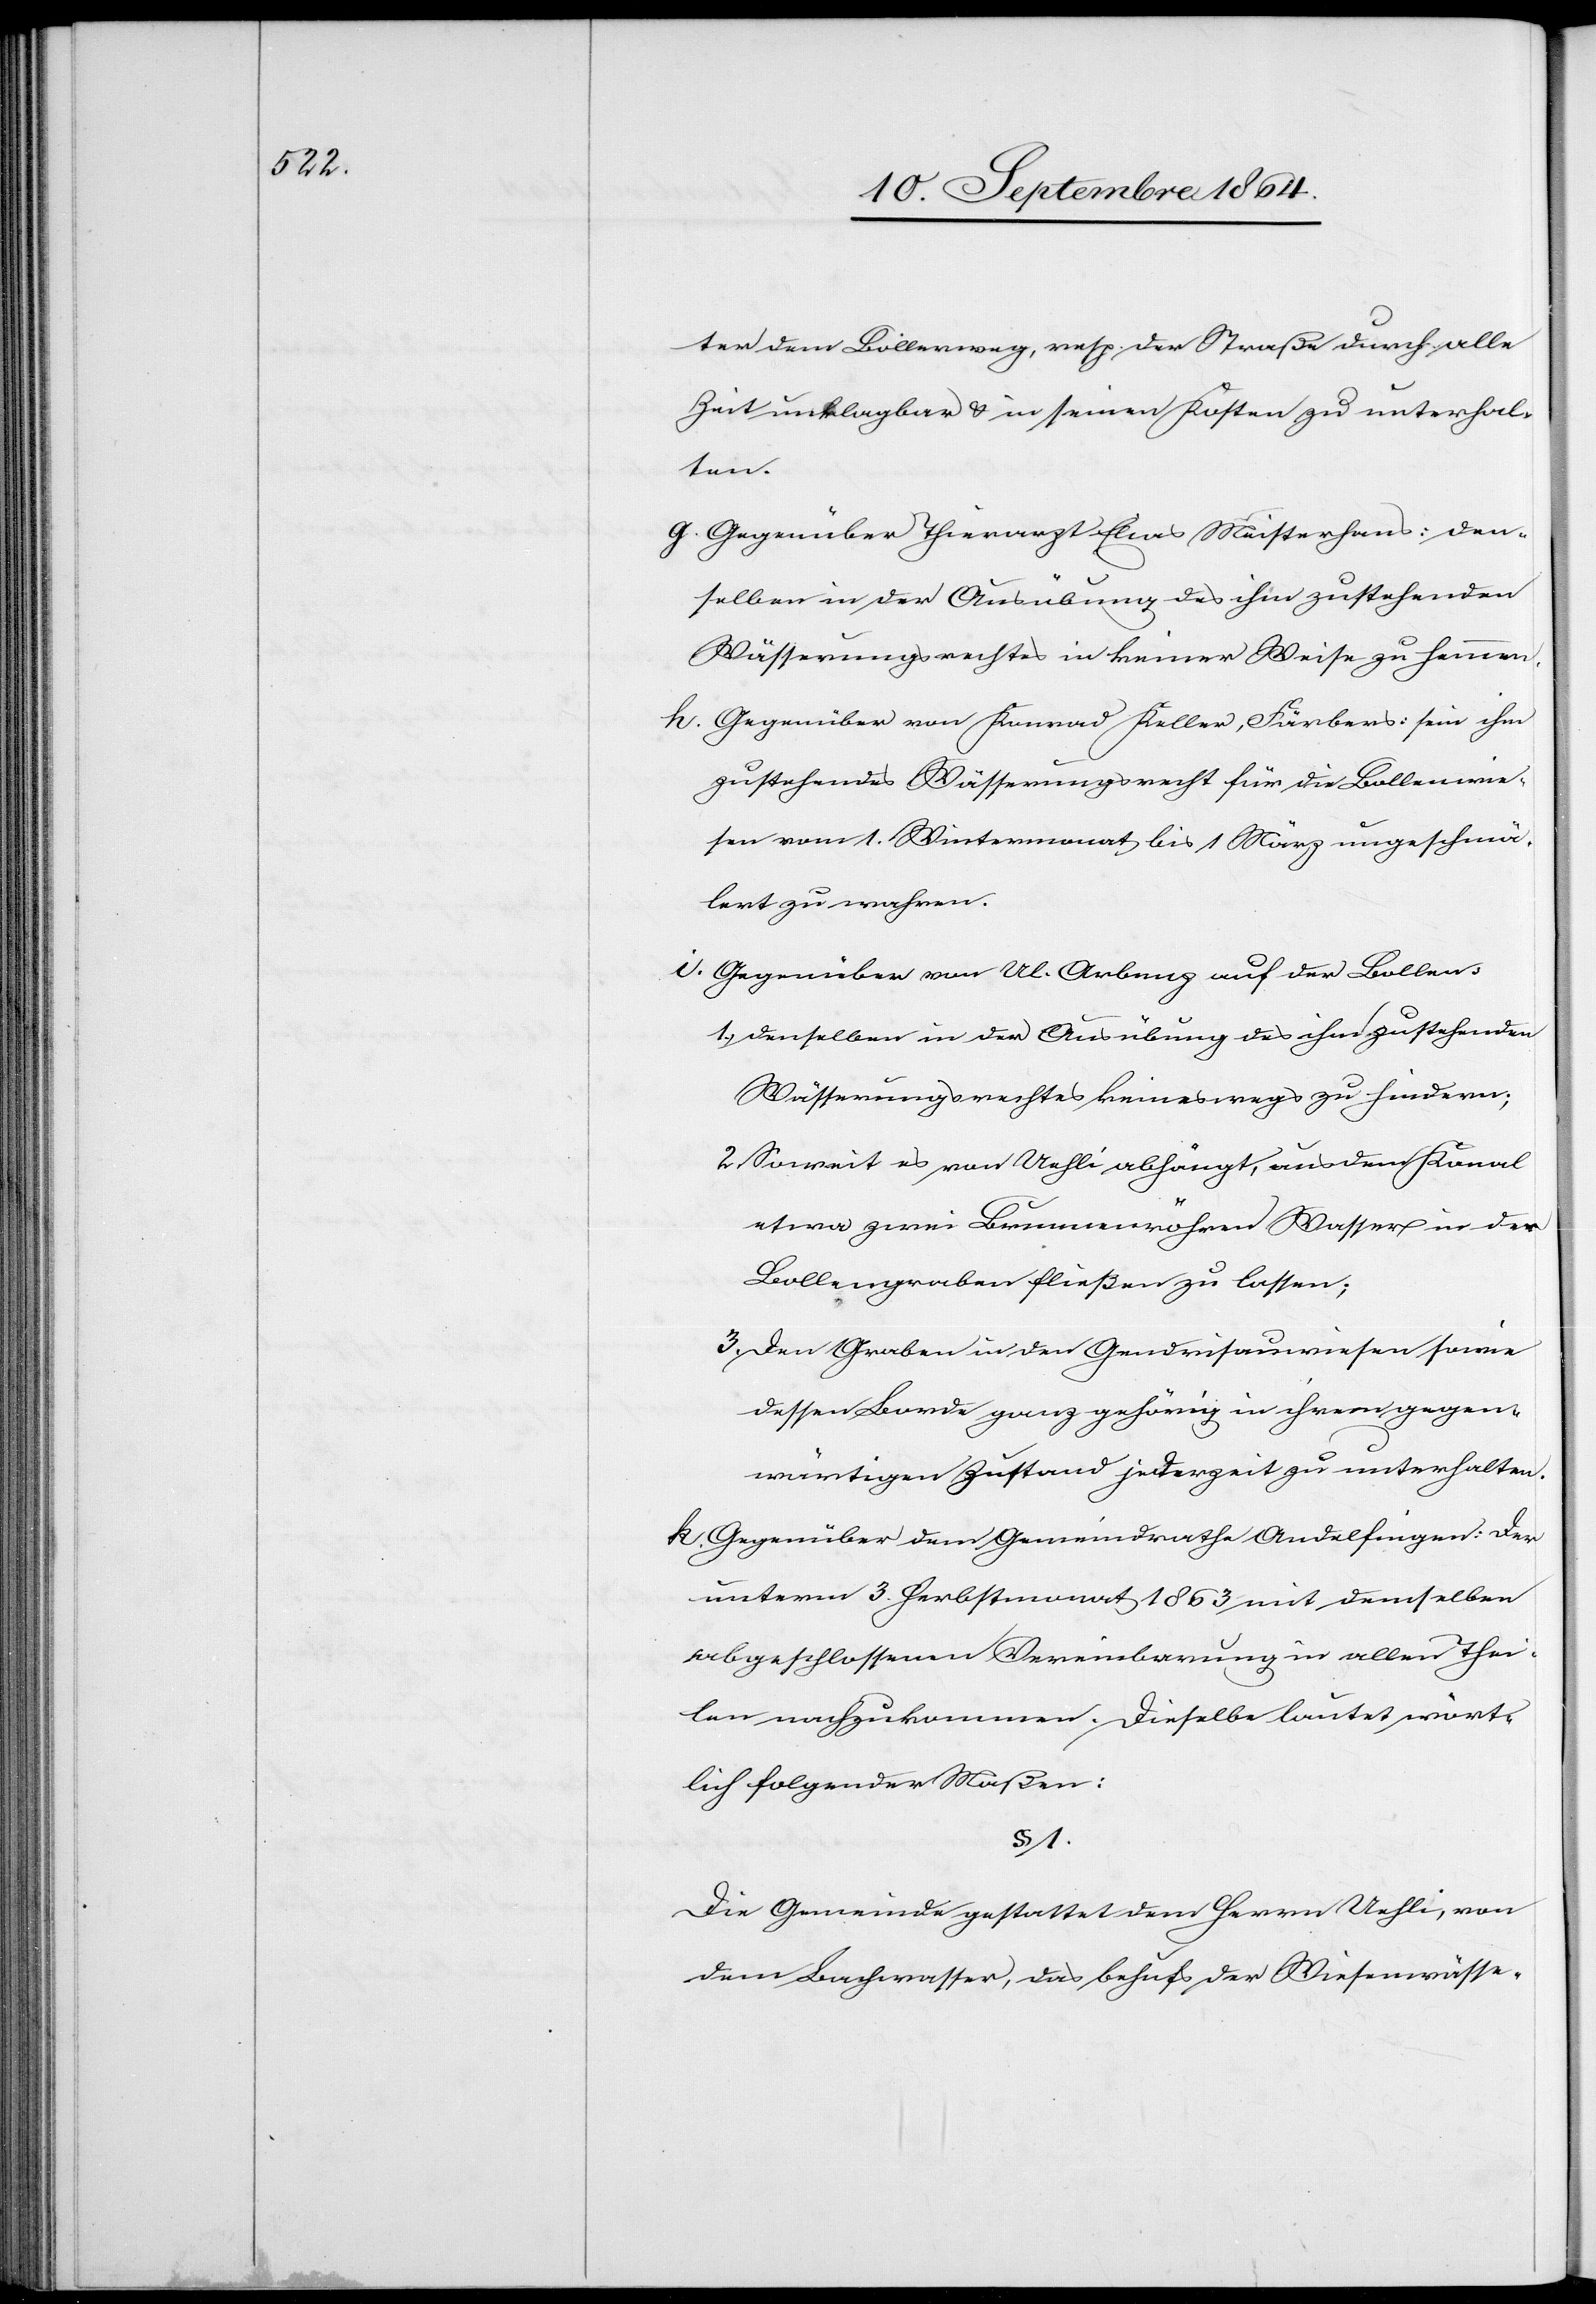
ter dem Bollenweg, resp. der Straße durch alle
Zeit unklagbar & in seinen Kosten zu unterhal¬
ten.
g.	Gegenüber Thierarzt Elias Meisterhans: den¬
selben in der Ausübung des ihm zustehenden
Wässerungsrechtes in keiner Weise zu hemmen.
h.	Gegenüber von Konrad [sic!] Keller, Färber: sein ihm
zustehendes Wässerungsrecht für die Bollenwie¬
sen vom 1. Wintermonat bis 1. März ungeschmä¬
lert zu wahren.
i.	Gegenüber von Ul. Arbenz auf der Bollen:
1. denselben in der Ausübung des ihm zustehenden
Wässerungsrechtes keineswegs zu hindern;
2. Soweit es von Uehli abhängt, aus dem Kanal
etwa zwei Brunnenröhren Wasser in den
Bollengraben fließen zu lassen;
3. Den Graben in den Gendrisauwiesen sowie
dessen Borde ganz gehörig in ihrem gegen¬
wärtigen Zustand jederzeit zu unterhalten.
k.	Gegenüber dem Gemeindrathe Andelfingen: Der
unterm 3. Herbstmonat 1863 mit demselben
abgeschlossenen Vereinbarung in allen Thei¬
len nachzukommen. Dieselbe lautet wört¬
lich folgender Maßen:
§ 1.
Die Gemeinde gestattet dem Herrn Uehli, von
dem Bachwasser, das behufs der Wiesenwässe-